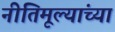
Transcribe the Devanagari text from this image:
नीतिमूल्यांच्या